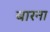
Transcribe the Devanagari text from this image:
बारना